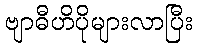
ဗျာဓီဟိပိုများလာပြီး